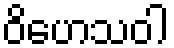
ဝိဟေသဝါ